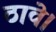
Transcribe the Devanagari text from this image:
ठावे।